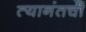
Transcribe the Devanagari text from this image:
त्यानंतची